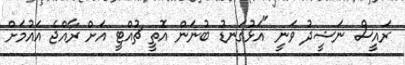
ރައީސް ނަޝީދު ވަނީ "އަޅުގަނޑު ބުނަން އޮތީ ޗުއްޓީ އަށް ރާއްޖެ އައުމަށް